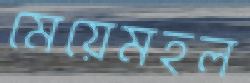
মেয়েমহল